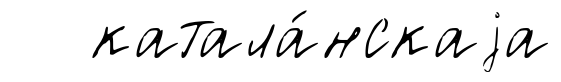
катала́нскаjа